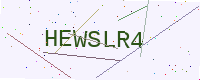
Text: HEWSLR4